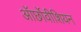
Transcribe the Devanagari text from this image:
ऑर्छोवीशियन